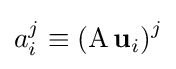
a_{i}^{j}\equiv \left(\operatorname {A} \mathbf {u} _{i}\right)^{j}